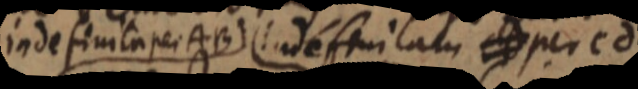
indefinita per AB indefinitam CD per cd